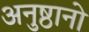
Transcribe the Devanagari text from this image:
अनुष्ठानो